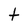
Character: t